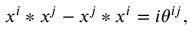
x ^ { i } * x ^ { j } - x ^ { j } * x ^ { i } = i \theta ^ { i j } ,